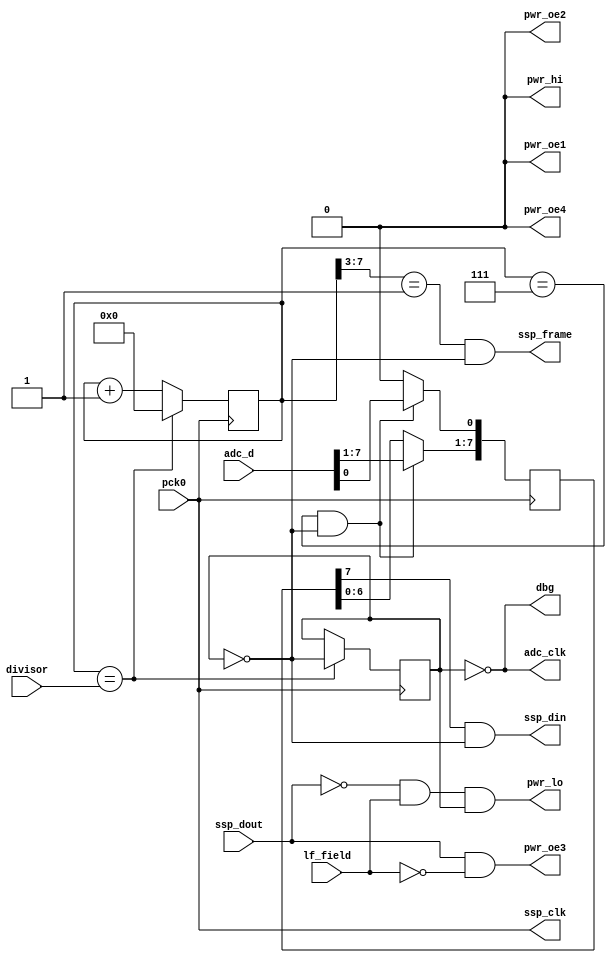
module lo_adc(
    pck0,
    pwr_lo, pwr_hi, pwr_oe1, pwr_oe2, pwr_oe3, pwr_oe4,
    adc_d, adc_clk,
    ssp_frame, ssp_din, ssp_dout, ssp_clk,
    dbg, divisor,
    lf_field
);
    input pck0;
    output pwr_lo, pwr_hi, pwr_oe1, pwr_oe2, pwr_oe3, pwr_oe4;
    input [7:0] adc_d;
    output adc_clk;
    input ssp_dout;
    output ssp_frame, ssp_din, ssp_clk;
    output dbg;
    input [7:0] divisor;
    input lf_field;

reg [7:0] to_arm_shiftreg;
reg [7:0] pck_divider;
reg clk_state;

// Antenna logic, depending on "lf_field" (in arm defined as FPGA_LF_READER_FIELD)
wire tag_modulation = ssp_dout & !lf_field;
wire reader_modulation = !ssp_dout & lf_field & clk_state;

// always on (High Frequency outputs, unused)
assign pwr_oe1 = 1'b0;
assign pwr_hi = 1'b0;

// low frequency outputs
assign pwr_lo = reader_modulation;
assign pwr_oe2 = 1'b0;  // 33 Ohms
assign pwr_oe3 = tag_modulation; // base antenna load = 33 Ohms
assign pwr_oe4 = 1'b0;  // 10k Ohms

// Debug Output ADC clock
assign dbg = adc_clk;

// ADC clock out of phase with antenna driver
assign adc_clk = ~clk_state;

// serialized SSP data is gated by clk_state to suppress unwanted signal
assign ssp_din = to_arm_shiftreg[7] && !clk_state;

// SSP clock always runs at 24MHz
assign ssp_clk = pck0;

// SSP frame is gated by clk_state and goes high when pck_divider=8..15
assign ssp_frame = (pck_divider[7:3] == 5'd1) && !clk_state;

// divide 24mhz down to 3mhz
always @(posedge pck0)
begin
    if (pck_divider == divisor[7:0])
  begin
        pck_divider <= 8'd0;
        clk_state = !clk_state;
  end
    else
    begin
        pck_divider <= pck_divider + 1;
    end
end

// this task also runs at pck0 frequency (24Mhz) and is used to serialize
// the ADC output which is then clocked into the ARM SSP.
always @(posedge pck0)
begin
    if ((pck_divider == 8'd7) && !clk_state)
        to_arm_shiftreg <= adc_d;
    else begin
        to_arm_shiftreg[7:1] <= to_arm_shiftreg[6:0];
        // simulation showed a glitch occuring due to the LSB of the shifter
        // not being set as we shift bits out
        // this ensures the ssp_din remains low after a transfer and suppresses
        // the glitch that would occur when the last data shifted out ended in
        // a 1 bit and the next data shifted out started with a 0 bit
        to_arm_shiftreg[0] <= 1'b0;
    end
end

endmodule